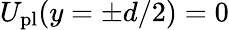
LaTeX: U_{\mathrm{pl}}(y=\pm d/2)=0